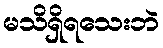
မသိရှိရသေးဘဲ